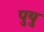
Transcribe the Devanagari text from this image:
पुयु